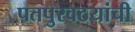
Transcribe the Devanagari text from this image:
पतपुरवठयांची